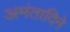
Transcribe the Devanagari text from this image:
अमंतादिने